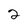
Character: 2